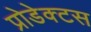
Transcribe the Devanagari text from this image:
प्रोडेक्टस